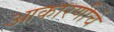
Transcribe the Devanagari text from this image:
आकारणीचे